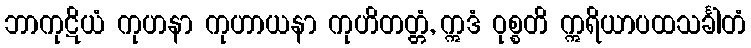
ဘာကုဋိယံ ကုဟနာ ကုဟာယနာ ကုဟိတတ္တံ, ဣဒံ ဝုစ္စတိ ဣရိယာပထသင်္ခါတံ